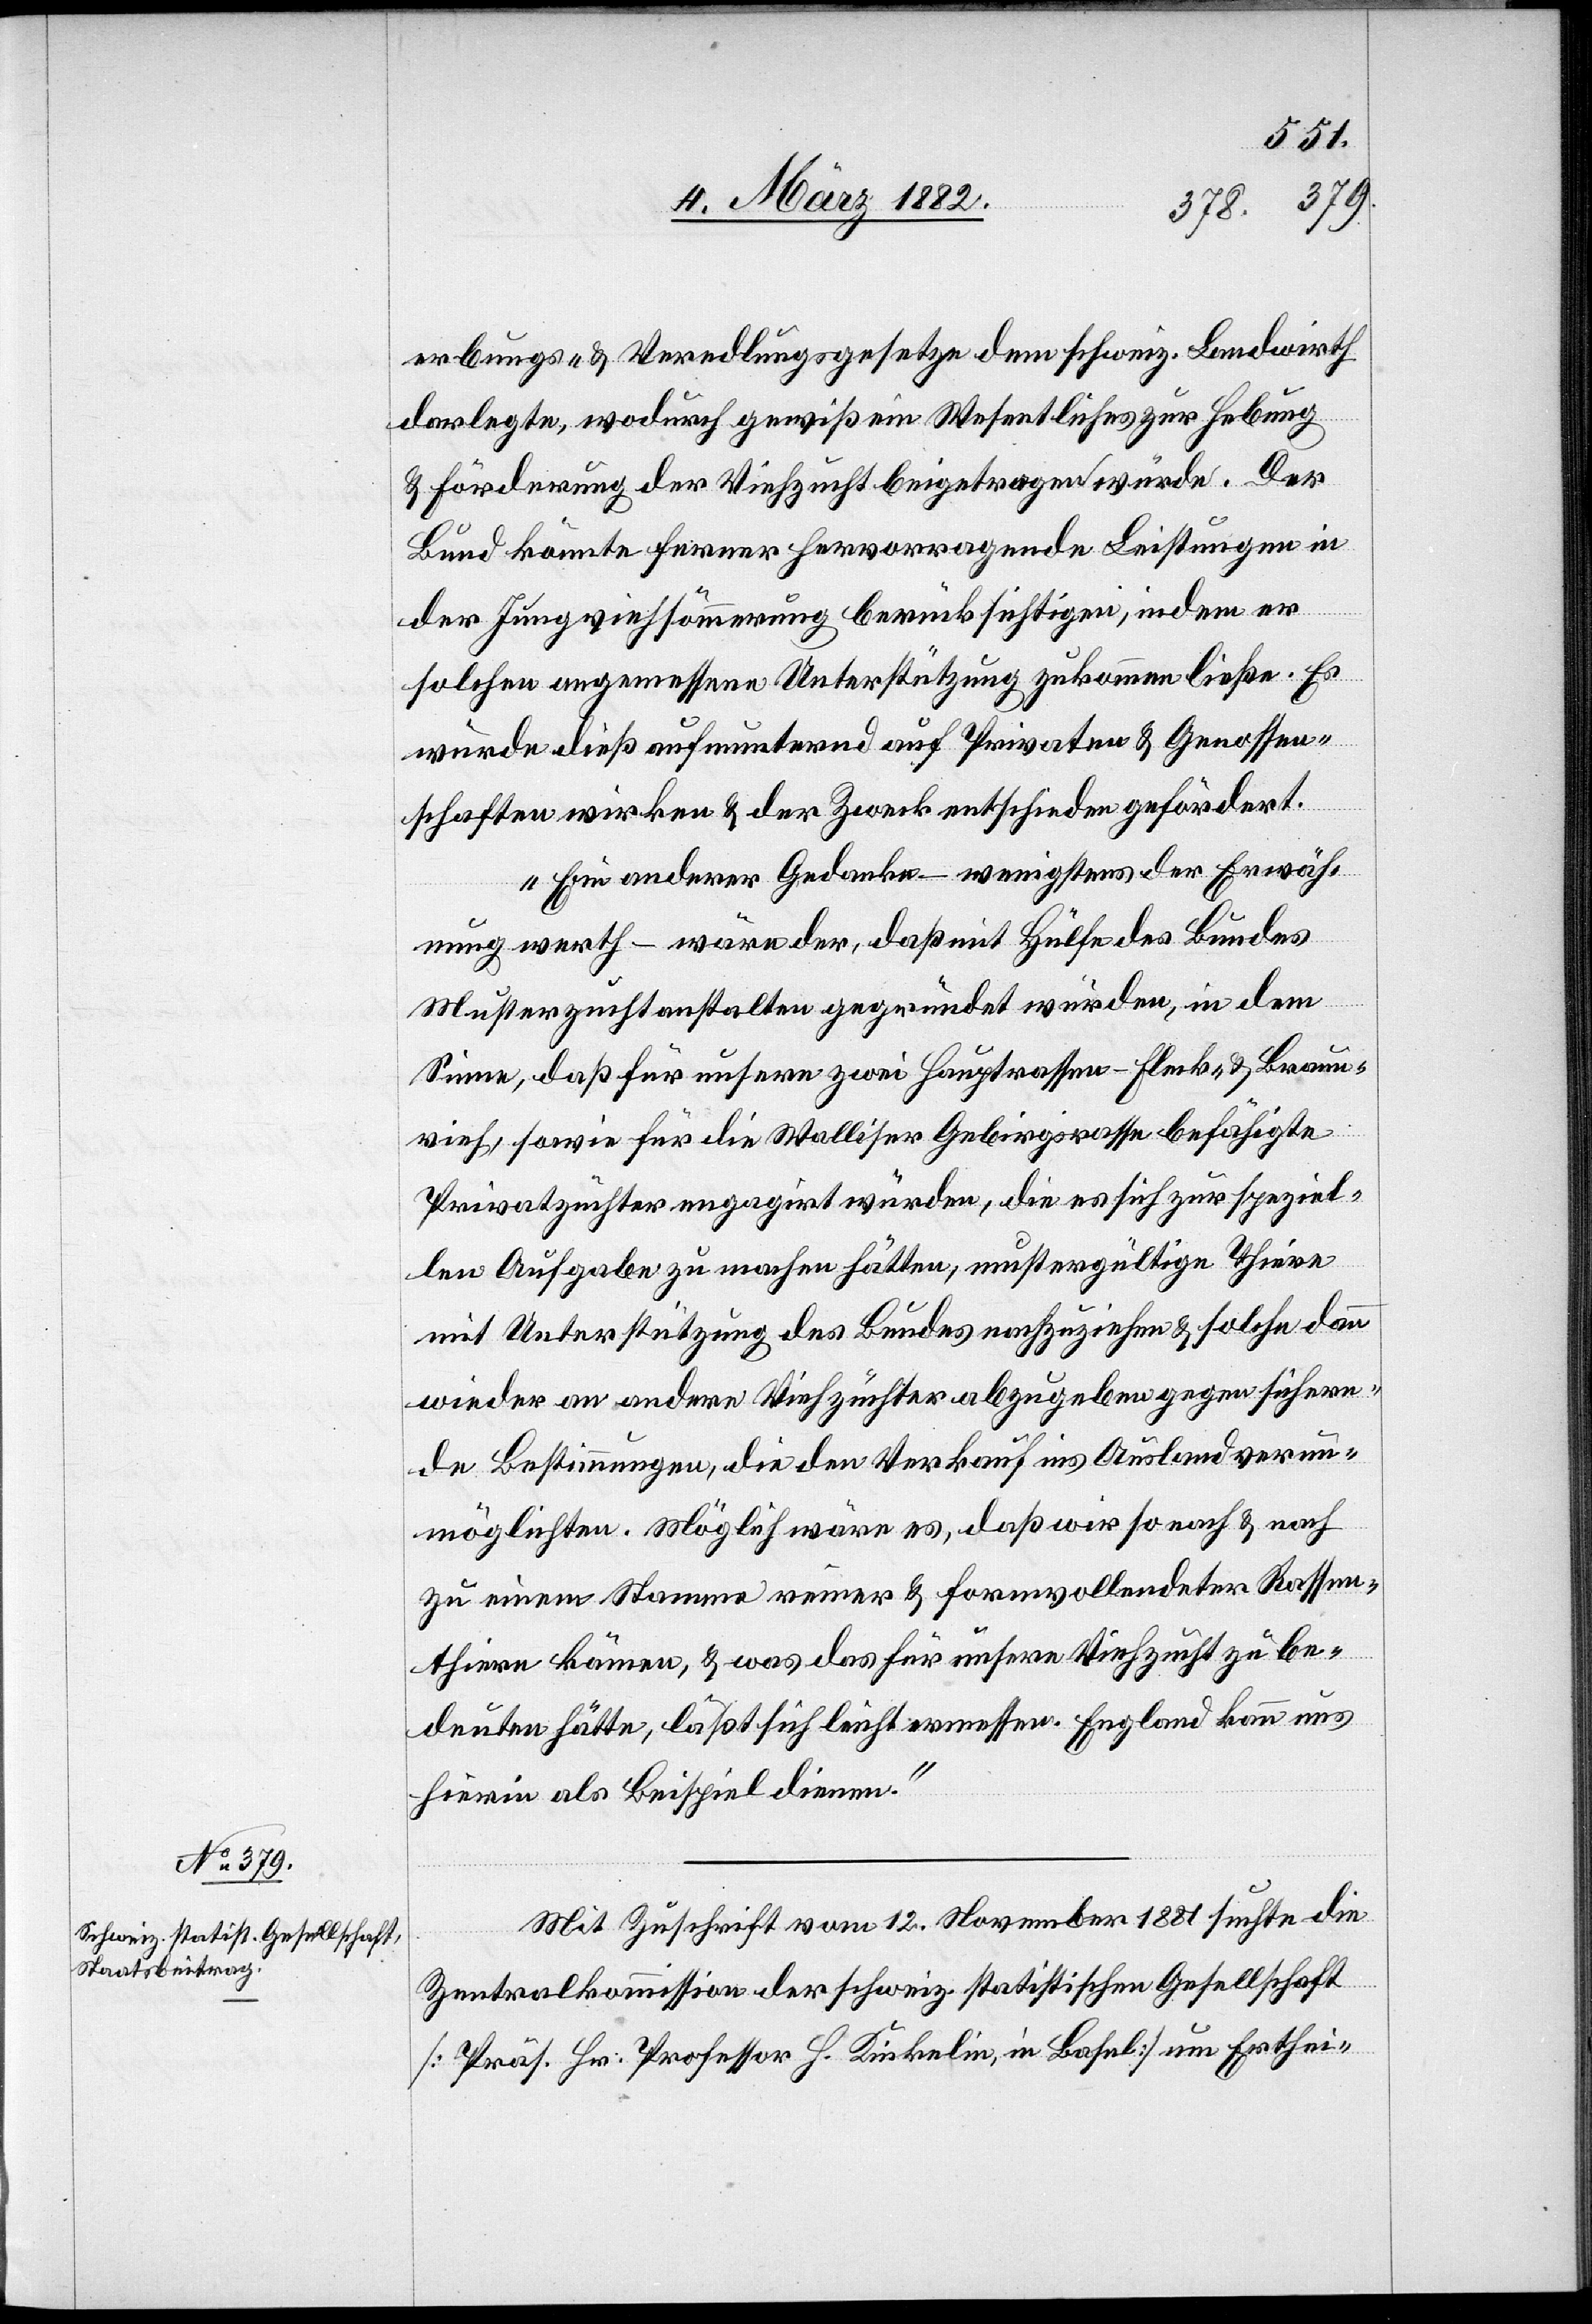
erbungs- & Veredlungsgesetze dem schweiz. Landwirth
darlegte, wodurch gewiß ein Wesentliches zur Hebung
& Förderung der Viehzucht beigetragen würde. Der
Bund könnte ferner hervorragende Leistungen in
der Jungviehsömmerung berücksichtigen, indem er
solche angemessene Unterstützung zukommen ließe. Es
würde dieß aufmunternd auf Private & Genossen¬
schaften wirken & der Zweck entschieden gefördert.
Ein anderer Gedanke – wenigstens der Erwäh¬
nung werth – wäre der, daß mit Hülfe des Bundes
Musterzuchtanstalten gegründet würden, in dem
Sinne, daß für unsere zwei Hauptrassen – Flunk- & Braun¬
vieh, sowie für die Walliser Gebirgsrasse befähigte
Privatzüchter engagirt würden, die es sich zur speziel¬
len Aufgabe zu machen hätten, mustergültige Thiere
mit Unterstützung des Bundes nachzuziehen & solche dann
wieder an andere Viehzüchter abzugeben gegen sichern¬
de Bestimmungen, die den Verkauf ins Ausland verun¬
möglichten. Möglich wäre es, daß wir so nach & nach
zu einem Stamme reiner & formvollendeter Rassen¬
thiere kämen, & was das für unsere Viehzucht zu be¬
deuten hätte, läßt sich leicht ermessen. England kann uns
hierin als Beispiel dienen.“
Mit Zuschrift vom 12. November 1881 suchte die
Zentralkommission der schweiz. statistischen Gesellschaft
[Präsident Hr. Professor H. Kinkelin, in Basel] um Erthei-